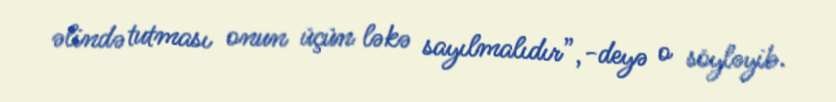
əlində tutması onun üçün ləkə sayılmalıdır”,-deyə o söyləyib.